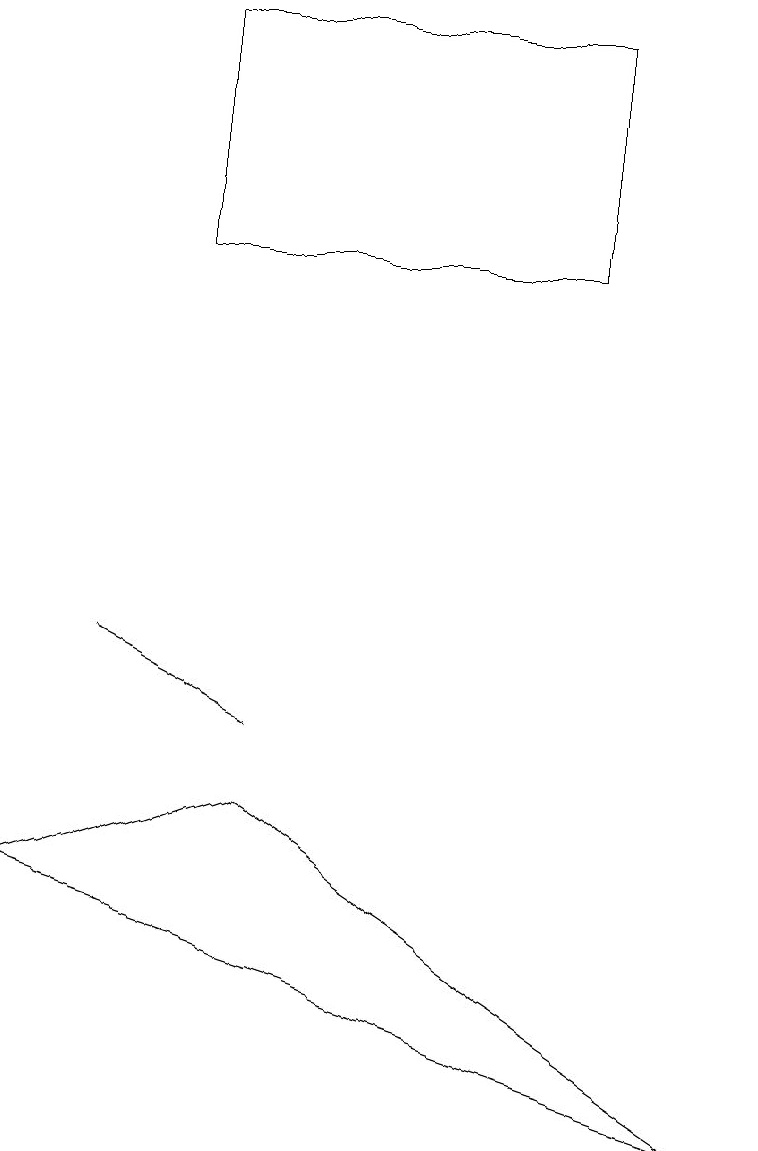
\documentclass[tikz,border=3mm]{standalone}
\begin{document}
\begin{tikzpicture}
\draw (3,6) -- (9,2) -- (0,5) -- cycle;
\draw (7,16) rectangle (2,13);
\draw (3,7) -- (3,7) -- (1,8) -- cycle;
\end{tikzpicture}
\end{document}